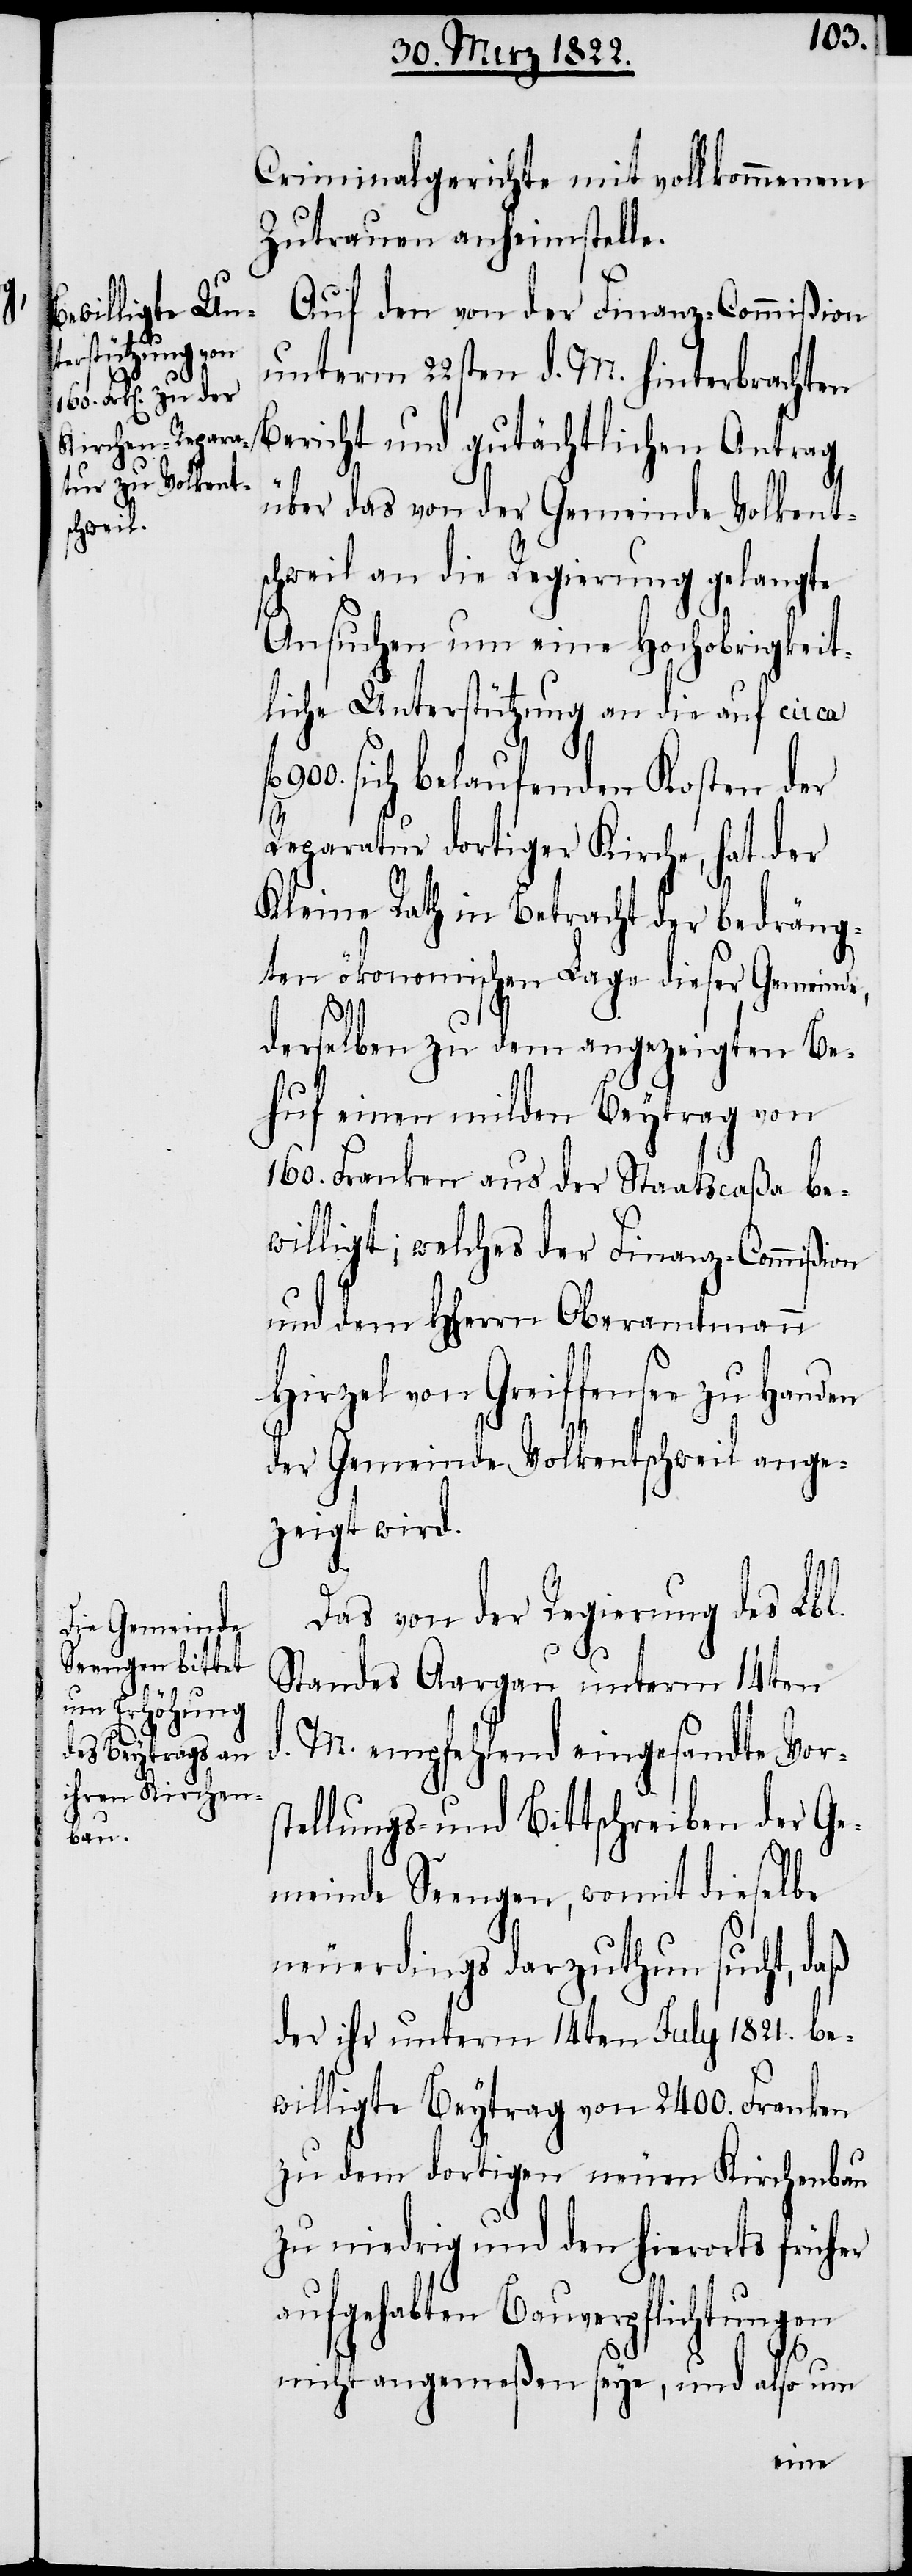
Auf den von der Finanz-Commißion
unterm 22sten d. M. hinterbrachten
Bericht und gutächtlichen Antrag
über das von der Gemeinde Volkent¬
schweil an die Regierung gelangte
Ansuchen um eine Hochobrigkeit¬
liche Unterstützung an die auf circa
900. sich belaufenden Kosten der
Reparatur dortiger Kirche, hat der
Kleine Rath in Betracht der bedräng¬
ten ökonomischen Lage dieser Gemeind¬
e,
derselben zu dem angezeigten Be¬
huf einen milden Beytrag von
160. Franken aus der Staatscaßa be¬
willigt; welches der Finanz-Commißion
und dem Herrn Oberamtmann
Hirzel von Greiffensee zu
der Gemeinde Volkentschweil ange¬
zeigt wird.
Das von der Regierung des Lbl.
Standes Aargau unterm 14ten
d. M. empfehlend eingesandte Vor¬
stellungs- und Bittschreiben der Ge¬
meinde Seengen, womit dieselbe
neuerdings darzuthun sucht, daß
der ihr unterm 14ten July 1821. be¬
willigte Beytrag von 2400. Franken
zu dem dortigen neuen Kirchenbau
zu niedrig und den hierorts früher
aufgehabten Bauverpflichtungen
nicht angemeßen seye, und also um